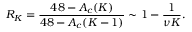
R _ { K } = \frac { 4 8 - A _ { c } ( K ) } { 4 8 - A _ { c } ( K - 1 ) } \sim 1 - \frac { 1 } { \nu K } .